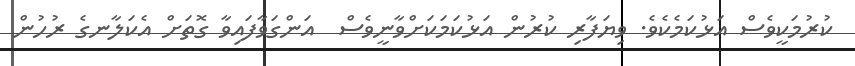
ކުރުމަކީވެސް އަޅުކަމެކެވެ. ވިޔަފާރި ކުރުން އަޅުކަމަކަށްވާނީވެސް  އަންގަވާފައިވާ ގޮތަށް އެކަލާނގެ ރުހުން